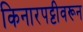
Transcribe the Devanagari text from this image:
किनारपट्टीवरून